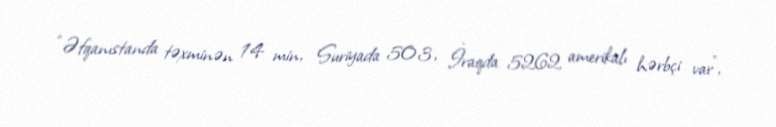
“Əfqanıstanda təxminən 14 min, Suriyada 503, İraqda 5262 amerikalı hərbçi var”,